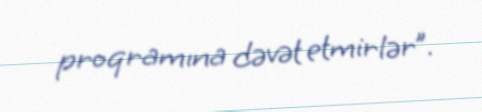
proqramına dəvət etmirlər”.